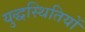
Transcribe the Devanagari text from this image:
युद्धस्थितियों